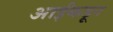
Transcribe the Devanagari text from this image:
आईंकडून